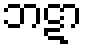
ဘဋာ